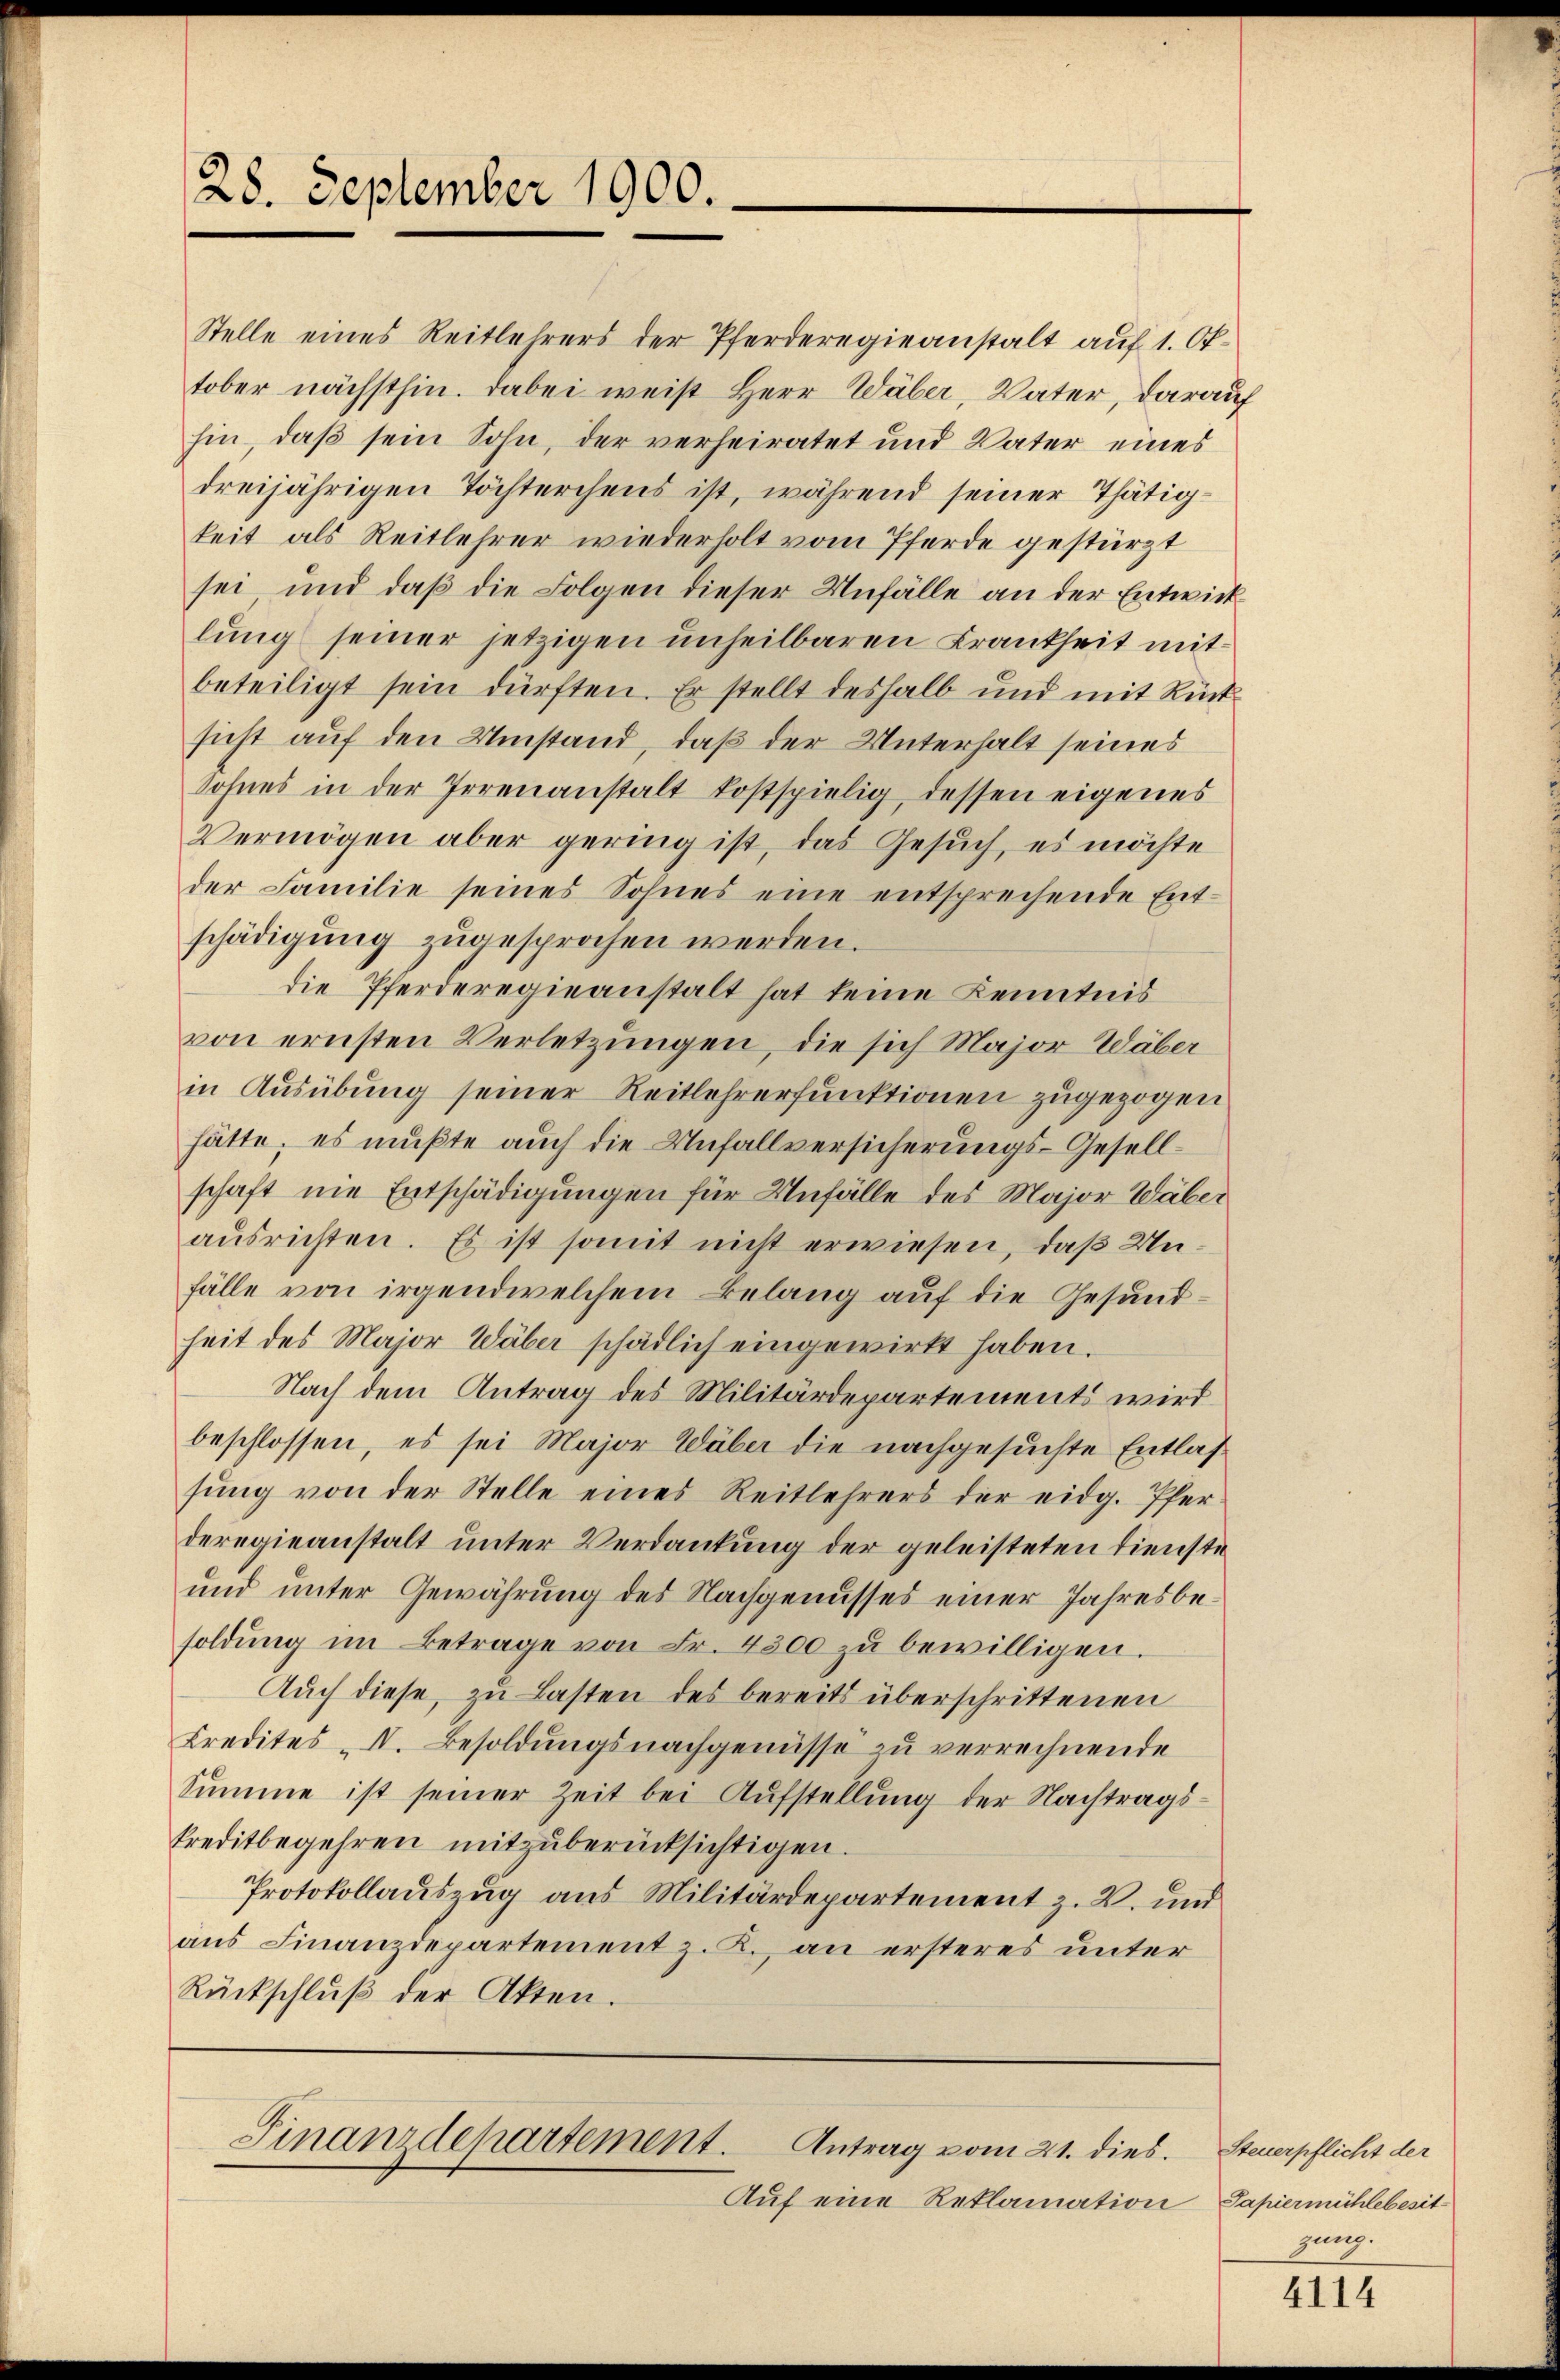
28. September 1900.

Stelle eines Reitlehrers der Pferderegieanstalt auf 1. Oktober nächsthin. Dabei weiß Herr Wäber, Vater, darauf
hin, daß sein Sohn, der verheiratet und Vater eines
dreijährigen Töchterchens ist, während seiner Thätigkeit als Reitlehrer wiederholt vom Pferde gestürzt
sei, und daß die Folgen dieser Unfälle an der Entwick
lŭng seiner jetzigen unheilbaren Krankheit mit
beteiligt sein dürften. Er stellt deshalb und mit Rücksicht auf den Umstand, daß der Unterhalt seines
Sohnes in der Irrenanstalt kostspielig, dessen eigenes
Vermögen aber gering ist, das Gesuch, es möchte
der Familie seines Sohnes eine entsprechende Entschädigung zugesprochen werden.
die Pferderegieanstalt hat keine Kenntnis
von ernsten Verletzungen, die sich Major Wäber
in Ausübung seiner Reitlehrerfunktionen zugezogen
hätte; es mußte auch die Unfallversicherungs-Gesellschaft nie Entschädigungen für Unfälle des Major Wäber
ausrichten. Es ist somit nicht erwiesen, daß Unfälle von irgendwelchem Belang auf die Gesundheit des Major Wäber schädlich eingewirkt haben.
Nach dem Antrag des Militärdepartements wird
beschlossen, es sei Major Wäber die nachgesuchte Entlassŭng von der Stelle eines Reitlehrers der eidg. Pfer
deregieanstalt unter Verdankung der geleisteten Dienste
und unter Gewährung des Nachgenusses einer Jahresbesoldŭng im Betrage von Fr. 4300 zŭ bewilligen.
Auch diese, zu Lasten des bereits überschrittenen
Kredites N. Besoldungsnachgenüsse zu verrechnende
Summe ist seiner Zeit bei Aufstellung der Nachtragskreditbegehren mitzuberücksichtigen.
Protokollauszug aus Militärdepartement z. B. und
aus Finanzdepartement z. B., an ersteres unter
Rückschlŭβ der Akten.

Finanzdepartement.
Antrag vom 21. dies.

Auf eine Reklamation

Steuerpflicht der
Papiermühlebesit
gung.

4114